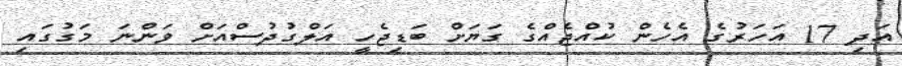
އަދި 17 އަހަރުގެ އެހެން ކުއްޖެއްގެ ގަޔަށް ބަޑިޖެހީ އަލްގުދުސްއަށް ވަންނަ މަގުގައި